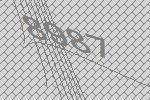
8987